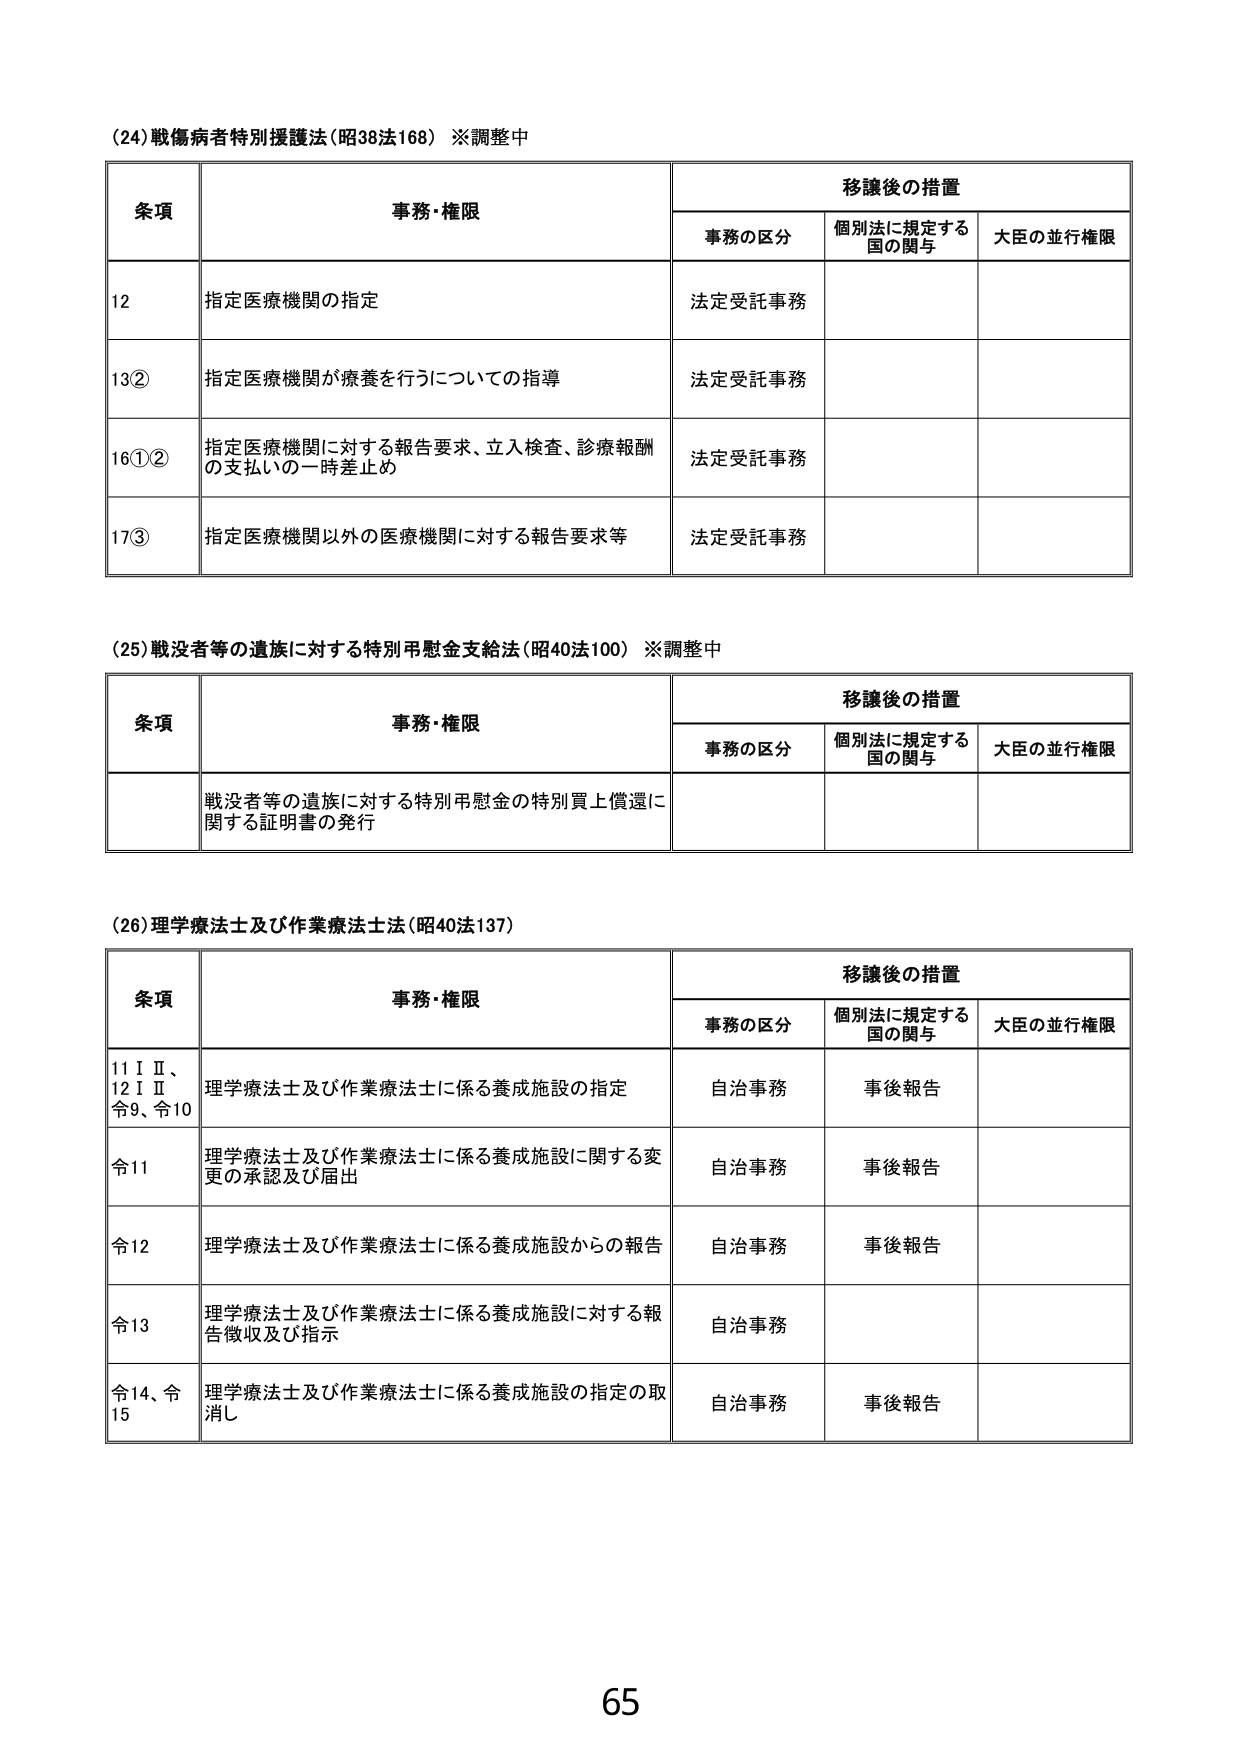
(24) 戦傷病者特別援護法（昭38法168）※調整中

条項 事務・権限 移譲後の措置
　　事務の区分 個別法に規定する国の関与 大臣の並行権限
12 指定医療機関の指定 法定受託事務
13② 指定医療機関が療養を行うについての指導 法定受託事務
16①② 指定医療機関に対する報告要求、立入検査、診療報酬の支払いの一時差止め 法定受託事務
17③ 指定医療機関以外の医療機関に対する報告要求等 法定受託事務

(25) 戦没者等の遺族に対する特別弔慰金支給法（昭40法100）※調整中

条項 事務・権限 移譲後の措置
　　事務の区分 個別法に規定する国の関与 大臣の並行権限
　 戦没者等の遺族に対する特別弔慰金の特別買上償還に関する証明書の発行

(26) 理学療法士及び作業療法士法（昭40法137）

条項 事務・権限 移譲後の措置
　　事務の区分 個別法に規定する国の関与 大臣の並行権限
11ⅠⅡ、12ⅠⅡ、令9、令10 理学療法士及び作業療法士に係る養成施設の指定 自治事務 事後報告
令11 理学療法士及び作業療法士に係る養成施設に関する変更の承認及び届出 自治事務 事後報告
令12 理学療法士及び作業療法士に係る養成施設からの報告 自治事務 事後報告
令13 理学療法士及び作業療法士に係る養成施設に対する報告徴収及び指示 自治事務
令14、令15 理学療法士及び作業療法士に係る養成施設の指定の取消し 自治事務 事後報告

65